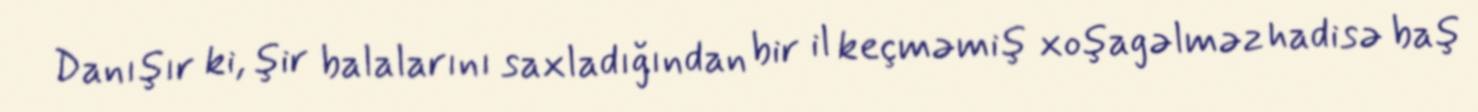
Danışır ki, şir balalarını saxladığından bir il keçməmiş xoşagəlməz hadisə baş